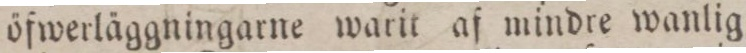
öfwerläggningarne warit af mindre wanlig